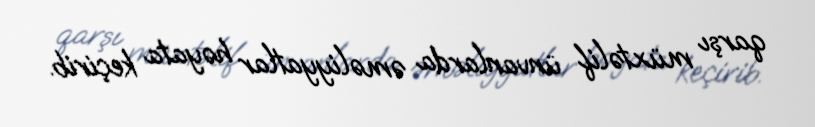
qarşı müxtəlif ünvanlarda əməliyyatlar həyata keçirib.